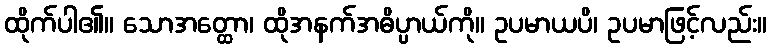
ထိုက်ပါ၏။ သောအတ္ထော၊ ထိုအနက်အဓိပ္ပာယ်ကို။ ဥပမာယပိ၊ ဥပမာဖြင့်လည်း။